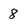
Character: 8